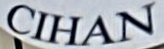
CIHAN